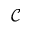
\mathcal { C }